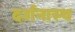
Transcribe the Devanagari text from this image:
दर्शनास्थ